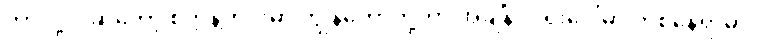
ဘာလို့လဲဆိုတော့ စက္ကန့်တိုင်းမှာ ကျွန်တော်တို့ဟာ အချိန်ဝင်ရိုးပေါ်မှာ တစ်နေရာမှာပဲ